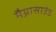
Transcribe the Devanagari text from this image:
मैग्नासाउंड